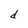
Character: d